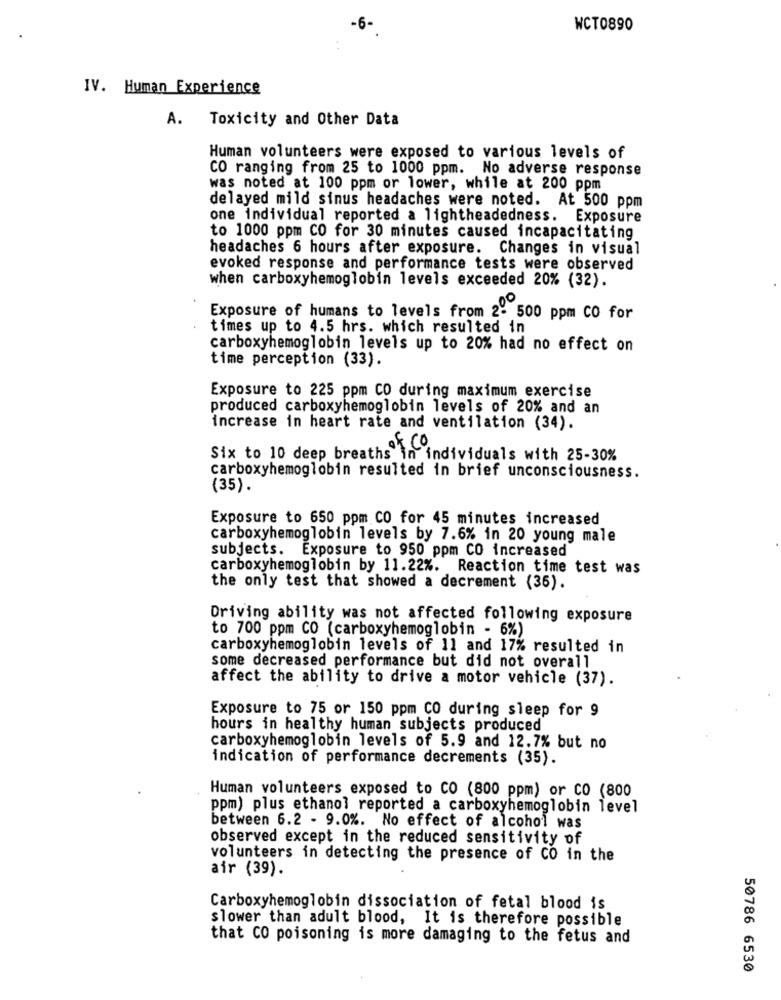
-6-
WCT0890
IV. Human Experience
A.
Toxicity and Other Data
Human volunteers were exposed to various levels of
CO ranging from 25 to 1000 ppm. No adverse response
was noted at 100 ppm or lower, while at 200 ppm
delayed mild sinus headaches were noted. At 500 ppm
one individual reported a lightheadedness. Exposure
to 1000 ppm CO for 30 minutes caused incapacitating
headaches 6 hours after exposure. Changes in visual
evoked response and performance tests were observed
when carboxyhemoglobin levels exceeded 20% (32).
Exposure of humans to levels from 2- 500 ppm CO for
times up to 4.5 hrs. which resulted in
carboxyhemoglobin levels up to 20% had no effect on
time perception (33).
Exposure to 225 ppm CO during maximum exercise
produced carboxyhemoglobin levels of 20% and an
increase in heart rate and ventilation (34).
Six to 10 deep breaths in individuals with 25-30%
carboxyhemoglobin resulted in brief unconsciousness.
(35).
Exposure to 650 ppm CO for 45 minutes increased
carboxyhemoglobin levels by 7.6% in 20 young male
subjects. Exposure to 950 ppm CO increased
carboxyhemoglobin by 11.22%. Reaction time test was
the only test that showed a decrement (36).
Driving ability was not affected following exposure
to 700 ppm CO (carboxyhemoglobin - 6%)
carboxyhemoglobin levels of 11 and 17% resulted in
some decreased performance but did not overall
affect the ability to drive a motor vehicle (37).
Exposure to 75 or 150 ppm CO during sleep for 9
hours in healthy human subjects produced
carboxyhemoglobin levels of 5.9 and 12.7% but no
indication of performance decrements (35).
Human volunteers exposed to CO (800 ppm) or CO (800
ppm) plus ethanol reported a carboxyhemoglobin level
between 6.2 - 9.0%. No effect of alcohol was
observed except in the reduced sensitivity of
volunteers in detecting the presence of CO in the
air (39).
Carboxyhemoglobin dissociation of fetal blood is
slower than adult blood, It is therefore possible
that CO poisoning is more damaging to the fetus and
50786 6530